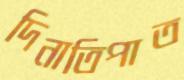
দিনাতিপাত